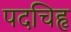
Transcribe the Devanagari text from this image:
पदचिहृ